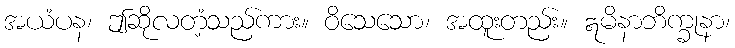
အယံပန၊ ဤဆိုလတံ့သည်ကား။ ဝိသေသော၊ အထူးတည်း။ ဣမိနာဘိက္ခုနာ၊